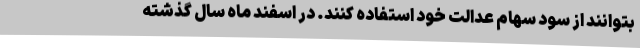
بتوانند از سود سهام عدالت خود استفاده کنند. در اسفند ماه سال گذشته